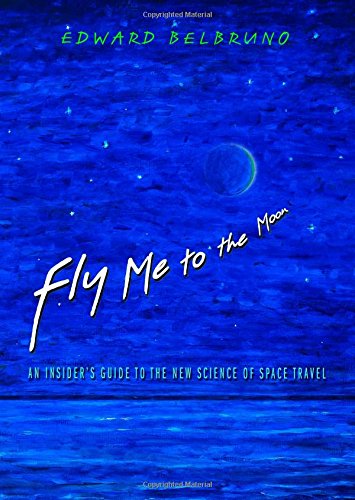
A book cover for Fly Me to the Moon: An Insider's Guide to the New Science of Space Travel; Edward Belbruno; Science & Math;